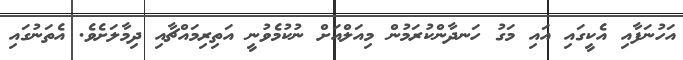
އަހުނަފާއި އެކީގައި އައި މަގު ހަނދާންކުރަމުން މިއަލްއަށް ނުކުމެވުނީ އަތިރިމައްޗާއި ދިމާލަށެވެ. އެތަނުގައި